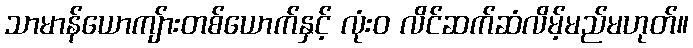
သာမာန်ယောကျ်ားတစ်ယောက်နှင့် လုံး၀ လိင်ဆက်ဆံလိမ့်မည်မဟုတ်။